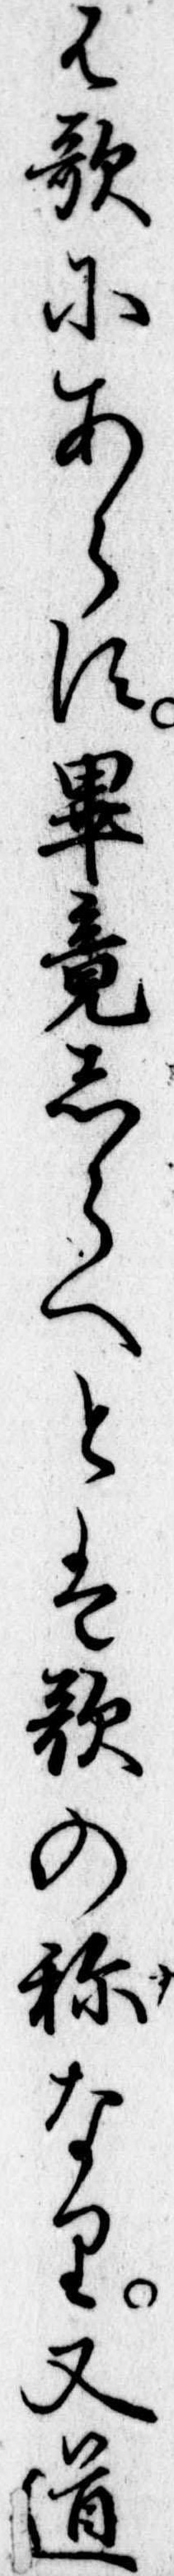
は歌にあらす畢竟しらへとは歌の称なり又道